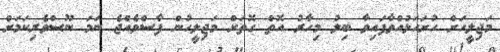
މަޖިލީހަށް ހުށަހަޅުއްވާފައިވާ ބިލު މިހާރު އޮތް ގޮތަށް މަޖިލީހުން ފާސްވެއްޖެ ނަމަ ނޫސްވެރިކަމަށް